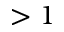
> 1